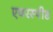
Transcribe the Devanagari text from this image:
एयरस्पीड